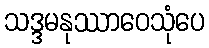
သဒ္ဒမနုဿာဝေသုံပေ